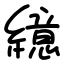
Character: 繶